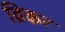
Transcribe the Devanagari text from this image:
ब्रिकर